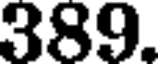
389.